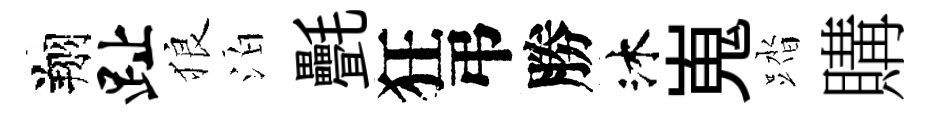
翔趾狼泊㲲狂弔勝沐嵬踏購